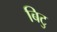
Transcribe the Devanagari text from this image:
बिटु